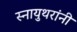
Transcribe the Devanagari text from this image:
स्नायुथरांनी